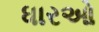
ધારઓ